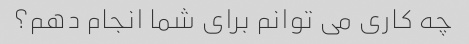
چه کاری می توانم برای شما انجام دهم؟